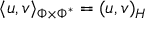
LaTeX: \langle u , v \rangle _ { \Phi \times \Phi ^ { * } } = ( u , v ) _ { H }